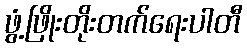
ဖွံ့ဖြိုးတိုးတက်ရေးပါတီ